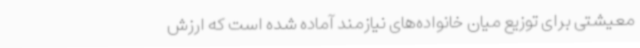
معیشتی برای توزیع میان خانواده‌های نیازمند آماده شده است که ارزش